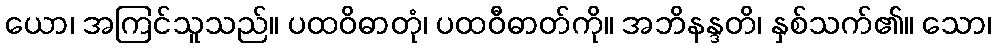
ယော၊ အကြင်သူသည်။ ပထဝိဓာတုံ၊ ပထဝီဓာတ်ကို။ အဘိနန္ဒတိ၊ နှစ်သက်၏။ သော၊